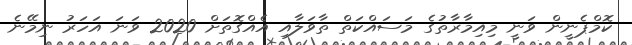
ކޮމްޕެނީން ވަނީ މިއިމާރާތުގެ މަސައްކަތް ތާވަލާއި އެއްގޮތަށް 2020 ވަނަ އަހަރު ނިމޭނެ